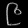
Digit: ၉